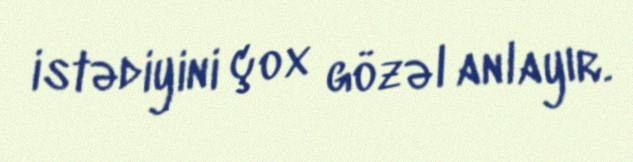
istədiyini çox gözəl anlayır.